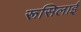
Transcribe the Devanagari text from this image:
रूसिलाई